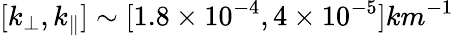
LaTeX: [k_{\perp},k_{\parallel}]\sim[1.8\times 10^{-4},4\times 10^{-5}]km^{-1}